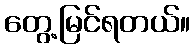
တွေ့မြင်ရတယ်။